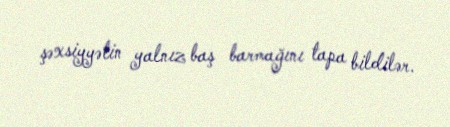
şəxsiyyətin yalnız baş barmağını tapa bildilər.